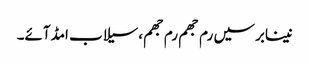
نینابرسیں رم جھم رم جھم،سیلاب امڈآئے۔